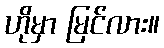
ဟိုမှာ မြင်လား။